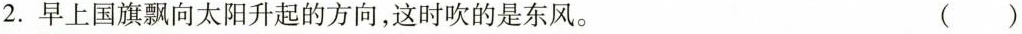
2.早上国旗飘向太阳升起的方向，这时吹的是东风。 ()